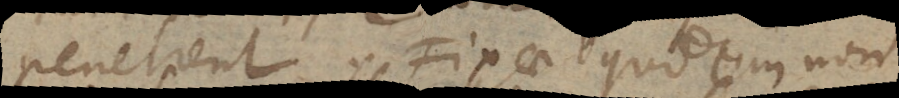
penetrent. Fixae quomodocumque non